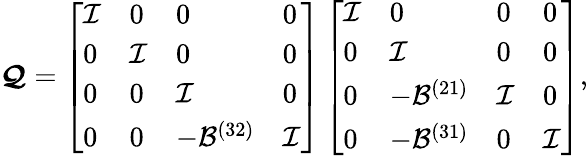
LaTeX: \boldsymbol{\mathcal{Q}}=\left[\begin{array}{llll}{\mathcal{I}}&{0}&{0}&{0}\\ {0}&{\mathcal{I}}&{0}&{0}\\ {0}&{0}&{\mathcal{I}}&{0}\\ {0}&{0}&{-\mathcal{B}^{(32)}}&{\mathcal{I}}\end{array}\right]\left[\begin{array}{llll}{\mathcal{I}}&{0}&{0}&{0}\\ {0}&{\mathcal{I}}&{0}&{0}\\ {0}&{-\mathcal{B}^{(21)}}&{\mathcal{I}}&{0}\\ {0}&{-\mathcal{B}^{(31)}}&{0}&{\mathcal{I}}\end{array}\right],